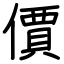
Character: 價